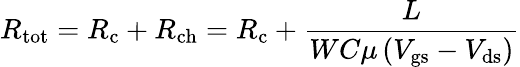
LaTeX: R_{\mathrm{tot}}=R_{\mathrm{c}}+R_{\mathrm{ch}}=R_{\mathrm{c}}+{\frac{L}{WC\mu\left(V_{\mathrm{gs}}-V_{\mathrm{ds}}\right)}}